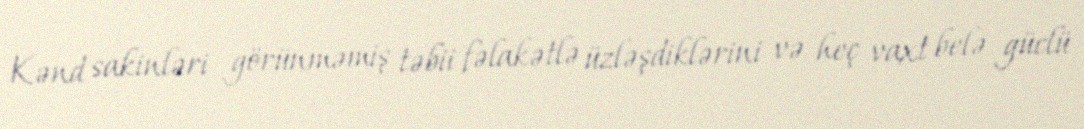
Kənd sakinləri görünməmiş təbii fəlakətlə üzləşdiklərini və heç vaxt belə güclü